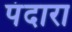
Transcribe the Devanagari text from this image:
पंदारा